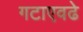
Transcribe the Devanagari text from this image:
गटाएवढे